Vaccine operations Central Provinces 1886-1899 - 1886-1899
Year: 1886
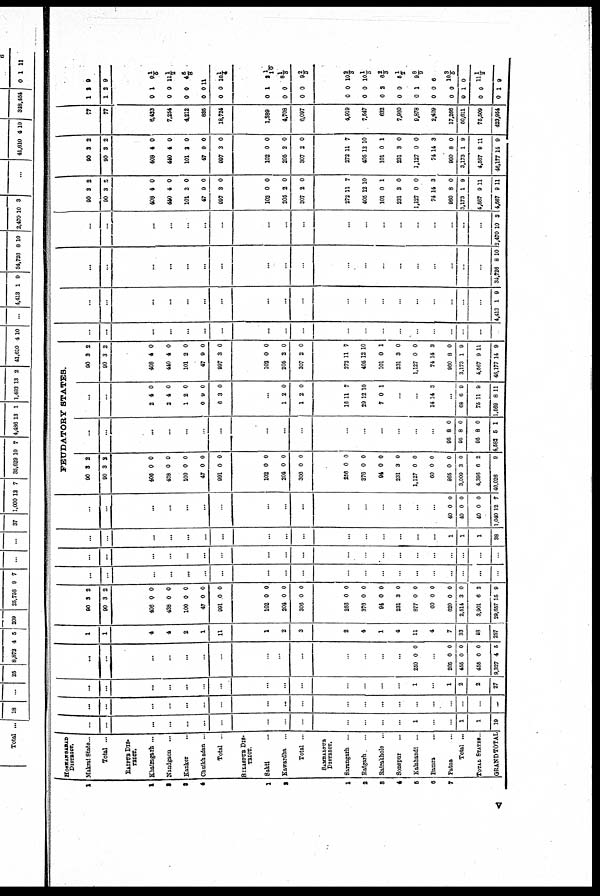
1
2
3
4
4
1
2
1
2
3
4
5
6
7
HOSHANGABAD
DISTRICT.
Makrai State...
Total ...
RAIPUR DIS-
TRICT.
Khairagarh...
Nandgaon...
Kanker...
Chuikhadan...
Total ...
BILASPUR DIS-
TRICT.
Sakti...
Kawardha...
Total ...
SAMBALPUR
DISTRICT.
Saragarh...
Raigarh...
Rairakholo...
Sonepur...
Kalahandi...
Bamra...
Patna...
Total...
TOTAL STATES..
GRANDTOTAL
...
...
...
...
...
...
...
...
...
...
...
...
...
...
1
...
...
1
1
19
...
...
...
...
...
...
...
...
...
...
...
...
...
...
...
...
...
...
...
...
...
...
...
...
...
...
...
...
...
...
...
...
...
...
1
...
1
2
2
27
...
...
...
...
...
...
...
...
...
...
...
...
...
...
250 0 0
...
205
455
455
9,327
0
0
0
4
0
0
0
5
1
1
4
4
2
1
11
1
2
3
2
4
1
4
11
4
7
33
48
257
90
90
3
3
2
2
406
438
100
47
991
0
0
0
0
0
0
0
0
0
0
102
204
306
0
0
0
0
0
0
256
376
94
231
877
60
620
2,514
3,901
29,657
0
0
0
3
0
0
0
3
6
15
0
0
0
0
0
0
0
0
2
9
...
...
...
...
...
...
...
...
...
...
...
...
...
...
...
...
...
...
...
...
...
...
...
...
...
...
...
...
...
...
...
...
...
...
...
...
...
...
...
...
...
...
...
...
...
...
...
...
...
...
...
...
...
...
...
...
1
1
1
38
...
...
...
...
...
...
...
...
...
...
...
...
...
...
...
...
40
40
40
1,040
0
0
0
12
0
0
0
7
FEUDATORY STATES.
90
90
3
3
3
2
406
438
100
47
991
0
0
0
0
0
0
0
0
0
0
102
204
306
0
0
0
0
0
0
256
376
94
231
1,127
60
865
3,009
4,396
40,026
0
0
0
3
0
0
0
3
6
0
0
0
0
0
0
0
0
2
9
...
...
...
...
...
...
...
...
...
...
...
...
...
...
...
...
95
95
95
4,582
8
8
8
5
0
0
0
1
...
...
2
2
1
0
6
4
4
2
9
3
0
0
0
0
0
...
1
1
2
2
0
0
16
29
7
11
12
0
7
10
1
...
...
14 14 3
...
68
75
1,569
6
11
8
0
9
11
90
90
3
3
2
2
408
440
101
47
997
4
4
2
9
3
0
0
0
0
0
102
205
307
0
2
2
0
0
0
272
405
101
231
1,127
74
960
3,173
4,567
46,177
11
12
0
3
0
14
8
1
9
14
7
10
1
0
0
3
0
9
11
9
...
...
...
...
...
...
...
...
...
...
...
...
...
...
...
...
...
...
...
...
...
...
...
...
...
...
...
...
...
...
...
...
...
...
...
...
...
...
4,413 1 9
...
...
...
...
...
...
...
...
...
...
...
...
...
...
...
...
...
...
...
34,726 8 10
...
...
...
...
...
...
...
...
...
...
...
...
...
...
...
...
...
...
...
2,470 10 3
90
90
3
3
2
2
408
440
101
47
997
4
4
2
9
3
0
0
0
0
0
102
205
307
0
2
2
0
0
0
272
405
101
231
1,127
74
960
3,173
4,567
4,567
11
12
0
3
0
14
8
1
9
9
7
10
1
0
0
3
0
9
11
11
90
90
3
3
2
2
408
440
101
47
997
4
4
2
9
3
0
0
0
0
0
102
205
307
0
2
2
0
0
0
272
405
101
231
1,127
74
960
3,173
4,567
46,177
11
12
0
3
0
14
8
1
9
14
7
10
1
0
0
3
0
9
11
9
77
77
6,423
7,254
5,212
835
18,724
1,389
4,708
6,097
4,919
7,547
632
7,960
9,878
2,409
17,266
50,611
75,509
423,954
1
1
3
2
0
9
0
0
0
0
0
1
0
0
0
0
0 1/5
11½
6 5/8
11
10 1/4
0
0
0
1
0
0
3 1/10
8 1/8
9 2/3
0
0
0
0
0
0
0
0
0
0
0
0
2
0
1
0
0
1
0
1
10 8/8
10 1/3
6 3/3
5½
9 8/9
6
10 3/5
0
11 1/2
9
v